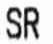
SR